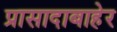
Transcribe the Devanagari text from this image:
प्रासादाबाहेर